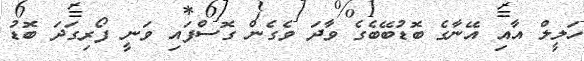
ހަލީލް އާއި އޭނާގެ ބޮޑުބޭބެގެ ވާދަ ވެގެން ގޮސްފައި ވަނީ ފޯރިގަދަ ބޮޑު